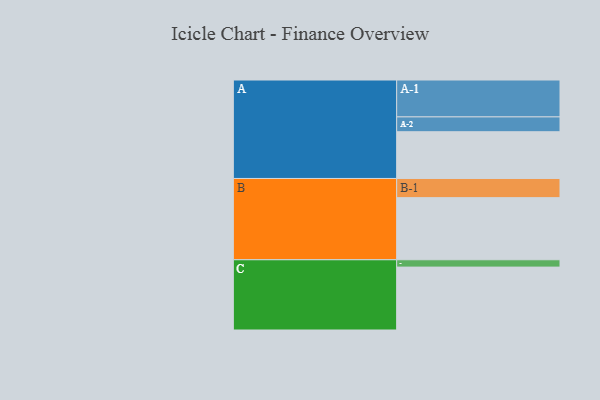
{"axis": {"x": "Segment", "y": "Value"}, "legend": ["", "A", "B", "C"], "data": [{"x": "A", "y": 356, "type": ""}, {"x": "B", "y": 473, "type": ""}, {"x": "C", "y": 479, "type": ""}, {"x": "A-1", "y": 281, "type": "A"}, {"x": "A-2", "y": 113, "type": "A"}, {"x": "B-1", "y": 146, "type": "B"}, {"x": "C-1", "y": 56, "type": "C"}]}